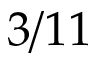
3 / 1 1